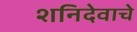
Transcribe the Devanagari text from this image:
शनिदेवाचे